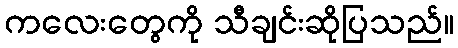
ကလေးတွေကို သီချင်းဆိုပြသည်။